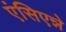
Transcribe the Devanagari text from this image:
एंसिएन्ने